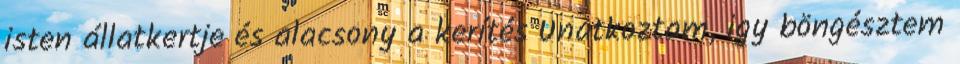
isten állatkertje és alacsony a kerítés Unatkoztam, igy böngésztem